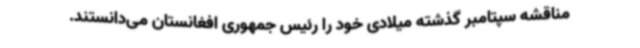
مناقشه سپتامبر گذشته میلادی خود را رئیس جمهوری افغانستان می‌دانستند.